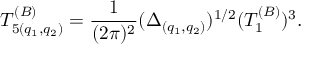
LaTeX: T _ { 5 ( q _ { 1 } , q _ { 2 } ) } ^ { ( B ) } = { \frac { 1 } { ( 2 \pi ) ^ { 2 } } } ( \Delta _ { ( q _ { 1 } , q _ { 2 } ) } ) ^ { 1 / 2 } ( T _ { 1 } ^ { ( B ) } ) ^ { 3 } .